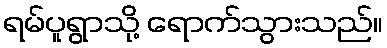
ရမ်ပူရွာသို့ ရောက်သွားသည်။